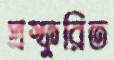
প্রস্ফুরিত